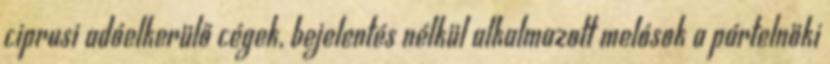
ciprusi adóelkerülő cégek, bejelentés nélkül alkalmazott melósok a pártelnöki